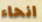
انحاء